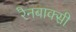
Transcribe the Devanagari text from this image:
रैनबाक्सी